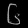
Digit: ၆